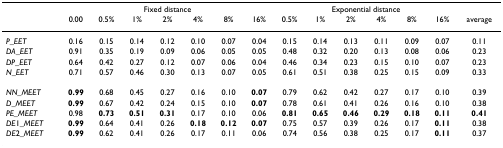
<table><thead><tr><td></td><td colspan="7"><b>Fixed distance</b></td><td colspan="6"><b>Exponential distance</b></td><td></td></tr><tr><td></td><td><b>0.00</b></td><td><b>0.5%</b></td><td><b>1%</b></td><td><b>2%</b></td><td><b>4%</b></td><td><b>8%</b></td><td><b>16%</b></td><td><b>0.5%</b></td><td><b>1%</b></td><td><b>2%</b></td><td><b>4%</b></td><td><b>8%</b></td><td><b>16%</b></td><td><b>average</b></td></tr></thead><tbody><tr><td><i>P_EET</i></td><td>0.16</td><td>0.15</td><td>0.14</td><td>0.12</td><td>0.10</td><td>0.07</td><td>0.04</td><td>0.15</td><td>0.14</td><td>0.13</td><td>0.11</td><td>0.09</td><td>0.07</td><td>0.11</td></tr><tr><td><i>DA_EET</i></td><td>0.91</td><td>0.35</td><td>0.19</td><td>0.09</td><td>0.06</td><td>0.05</td><td>0.05</td><td>0.48</td><td>0.32</td><td>0.20</td><td>0.13</td><td>0.08</td><td>0.06</td><td>0.23</td></tr><tr><td><i>DP_EET</i></td><td>0.64</td><td>0.42</td><td>0.27</td><td>0.12</td><td>0.07</td><td>0.06</td><td>0.04</td><td>0.46</td><td>0.34</td><td>0.23</td><td>0.15</td><td>0.10</td><td>0.07</td><td>0.23</td></tr><tr><td><i>N_EET</i></td><td>0.71</td><td>0.57</td><td>0.46</td><td>0.30</td><td>0.13</td><td>0.07</td><td>0.05</td><td>0.61</td><td>0.51</td><td>0.38</td><td>0.25</td><td>0.15</td><td>0.09</td><td>0.33</td></tr><tr><td><i>NN_MEET</i></td><td><b>0.99</b></td><td>0.68</td><td>0.45</td><td>0.27</td><td>0.16</td><td>0.10</td><td><b>0.07</b></td><td>0.79</td><td>0.62</td><td>0.42</td><td>0.27</td><td>0.17</td><td>0.10</td><td>0.39</td></tr><tr><td><i>D_MEET</i></td><td><b>0.99</b></td><td>0.67</td><td>0.42</td><td>0.24</td><td>0.15</td><td>0.10</td><td><b>0.07</b></td><td>0.78</td><td>0.61</td><td>0.41</td><td>0.26</td><td>0.16</td><td>0.10</td><td>0.38</td></tr><tr><td><i>PE_MEET</i></td><td>0.98</td><td><b>0.73</b></td><td><b>0.51</b></td><td><b>0.31</b></td><td>0.17</td><td>0.10</td><td>0.06</td><td><b>0.81</b></td><td><b>0.65</b></td><td><b>0.46</b></td><td><b>0.29</b></td><td><b>0.18</b></td><td><b>0.11</b></td><td><b>0.41</b></td></tr><tr><td><i>DE</i>1_<i>MEET</i></td><td><b>0.99</b></td><td>0.64</td><td>0.41</td><td>0.26</td><td><b>0.18</b></td><td><b>0.12</b></td><td><b>0.07</b></td><td>0.75</td><td>0.57</td><td>0.39</td><td>0.26</td><td>0.17</td><td><b>0.11</b></td><td>0.38</td></tr><tr><td><i>DE</i>2_<i>MEET</i></td><td><b>0.99</b></td><td>0.62</td><td>0.41</td><td>0.26</td><td>0.17</td><td>0.11</td><td>0.06</td><td>0.74</td><td>0.56</td><td>0.38</td><td>0.25</td><td>0.17</td><td><b>0.11</b></td><td>0.37</td></tr></tbody></table>